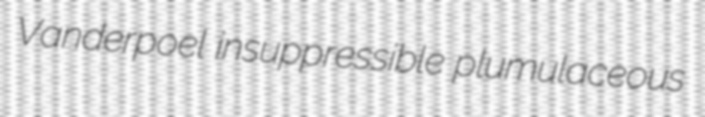
Vanderpoel insuppressible plumulaceous